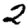
Digit: 2